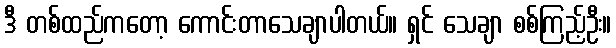
ဒီ တစ်ထည်ကတော့ ကောင်းတာသေချာပါတယ်။ ရှင် သေချာ စစ်ကြည့်ဦး။